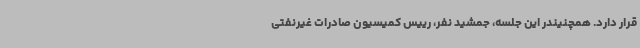
قرار دارد. همچنیندر این جلسه، جمشید نفر، رییس کمیسیون صادرات غیرنفتی